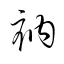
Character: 衲